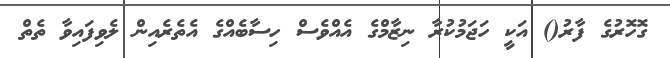
ގޮހޮރުގެ ފާރު() އަކީ ހަޖަމުކުރާ ނިޒާމްގެ އެއްވެސް ހިސާބެއްގެ އެތެރެއިން ލެވިފައިވާ ތެތް